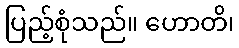
ပြည့်စုံသည်။ ဟောတိ၊